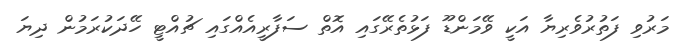
މަރުވި ފަތުރުވެރިޔާ އަކީ ވޭމަންޑޫ ފަޅުތެރޭގައި އޮތް ސަފާރީއެއްގައި ޗުއްޓީ ހޭދަކުރަމުން ދިޔަ